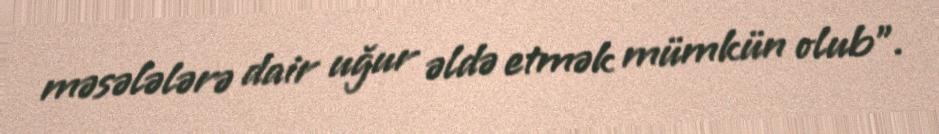
məsələlərə dair uğur əldə etmək mümkün olub”.